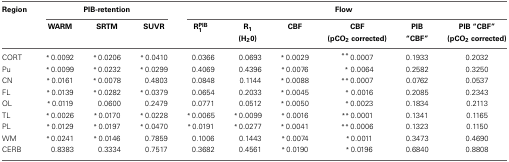
| Region | <COLSPAN=3> PIB-retention | <COLSPAN=6> Flow |
 |  | WARM | SRTM | SUVR | RPIB1 | R1 (H20) | CBF | CBF (pCO2 corrected) | PIB “CBF” | PIB “CBF” (pCO2 corrected) |
 | --- | --- | --- | --- | --- | --- | --- | --- | --- | --- |
 | CORT | *0.0092 | *0.0206 | *0.0410 | 0.0366 | 0.0693 | *0.0029 | **0.0007 | 0.1933 | 0.2032 |
 | Pu | *0.0099 | *0.0232 | *0.0299 | 0.4069 | 0.4396 | *0.0076 | * 0.0064 | 0.2582 | 0.3250 |
 | CN | *0.0161 | *0.0078 | 0.4803 | 0.0848 | 0.1144 | *0.0088 | **0.0007 | 0.0762 | 0.0537 |
 | FL | *0.0139 | *0.0282 | *0.0379 | 0.0654 | 0.2033 | *0.0045 | * 0.0016 | 0.2085 | 0.2343 |
 | OL | *0.0119 | 0.0600 | 0.2479 | 0.0771 | 0.0512 | *0.0050 | *0.0023 | 0.1834 | 0.2113 |
 | TL | *0.0026 | *0.0170 | *0.0228 | *0.0065 | *0.0099 | *0.0016 | **0.0001 | 0.1341 | 0.1165 |
 | PL | *0.0129 | *0.0197 | *0.0470 | *0.0191 | *0.0277 | *0.0041 | **0.0006 | 0.1323 | 0.1150 |
 | WM | *0.0241 | *0.0146 | 0.7859 | 0.1006 | 0.1443 | *0.0074 | *0.0011 | 0.3473 | 0.4690 |
 | CERB | 0.8383 | 0.3334 | 0.7517 | 0.3682 | 0.4561 | *0.0190 | *0.0196 | 0.6840 | 0.8808 |